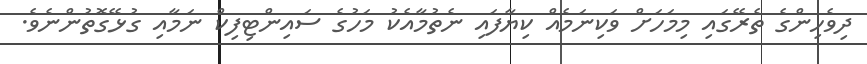
ދިވެހިންގެ ތެރޭގައި މިމަހަށް ވަކިނަމެއް ކިޔާފައި ނެތުމާއެކު މަހުގެ ސައިންޓިފިކް ނަމާއި ގުޅޭގޮތުންނެވެ.